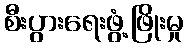
စီးပွားရေးဖွံ့ဖြိုးမှု